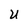
Character: U